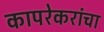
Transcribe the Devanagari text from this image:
कापरेकरांचा